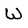
Character: W